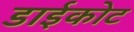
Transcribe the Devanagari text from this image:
डाईकोट